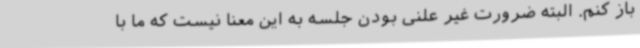
باز کنم. البته ضرورت غیر علنی بودن جلسه به این معنا نیست که ما با